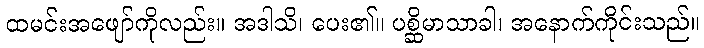
ထမင်းအဖျော်ကိုလည်း။ အဒါသိ၊ ပေး၏။ ပစ္ဆိမာသာခါ၊ အနောက်ကိုင်းသည်။